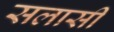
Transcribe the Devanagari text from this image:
सलासी